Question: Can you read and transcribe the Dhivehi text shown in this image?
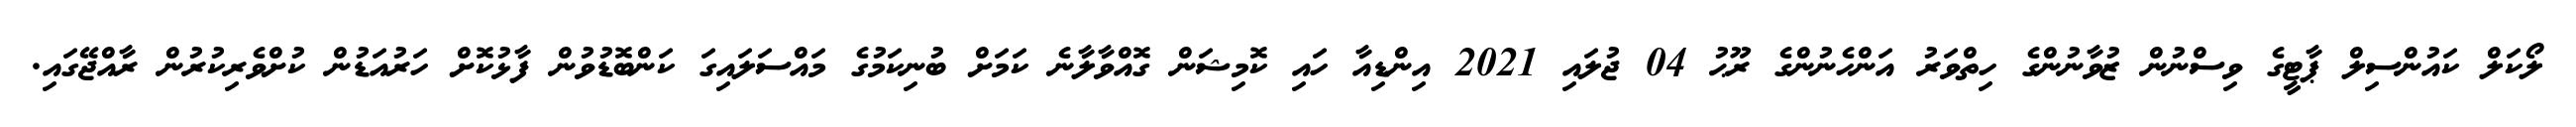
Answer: ލޯކަލް ކައުންސިލް ޕާޓީގެ ވިސްނުން ޒުވާނުންގެ ހިތްވަރު އަންހެނުންގެ ރޫޙު 04 ޖުލައި 2021 އިންޑިއާ ހައި ކޮމިޝަން ގޮއްވާލާނެ ކަމަށް ބުނިކަމުގެ މައްސަލައިގަ ކަންބޮޑުވުން ފާޅުކޮށް ހަރުއަޑުން ކުށްވެރިކުރުން ރާއްޖޭގައި.